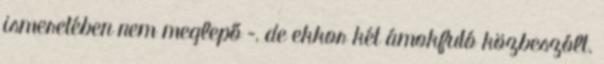
ismeretében nem meglepő –, de ekkor két ámokfutó közbeszólt.